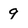
Character: 9